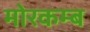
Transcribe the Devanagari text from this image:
मोरकम्ब